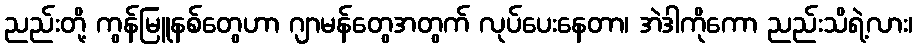
ညည်းတို့ ကွန်မြူနစ်တွေဟာ ဂျာမန်တွေအတွက် လုပ်ပေးနေတာ၊ အဲဒါကိုကော ညည်းသိရဲ့လား၊